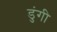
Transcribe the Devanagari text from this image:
डुंगी